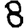
Digit: 8